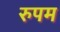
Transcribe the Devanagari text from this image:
रुपम